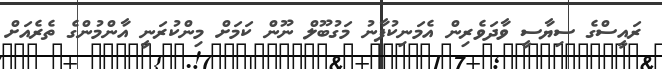
ރައީސްގެ ސިޔާސީ ވާދަވެރިން އެމަނިކުފާނު މަގުބޫލް ނޫން ކަމަށް މިންކުރަނީ އާންމުންގެ ތެރެއަށް